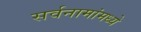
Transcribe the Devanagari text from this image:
सर्वनामांमध्ये